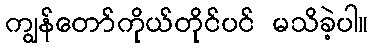
ကျွန်တော်ကိုယ်တိုင်ပင် မသိခဲ့ပါ။